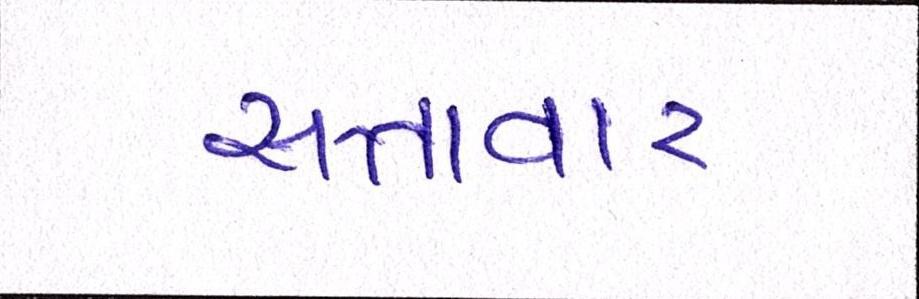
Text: સત્તાવાર